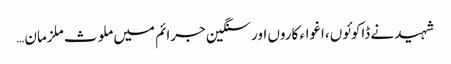
شہید نے ڈاکوئوں ،اغواء کاروں اور سنگین جرائم میں ملوث ملزمان…